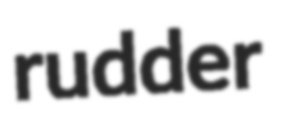
rudder